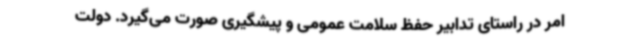
امر در راستای تدابیر حفظ سلامت عمومی و پیشگیری صورت می‌گیرد. دولت